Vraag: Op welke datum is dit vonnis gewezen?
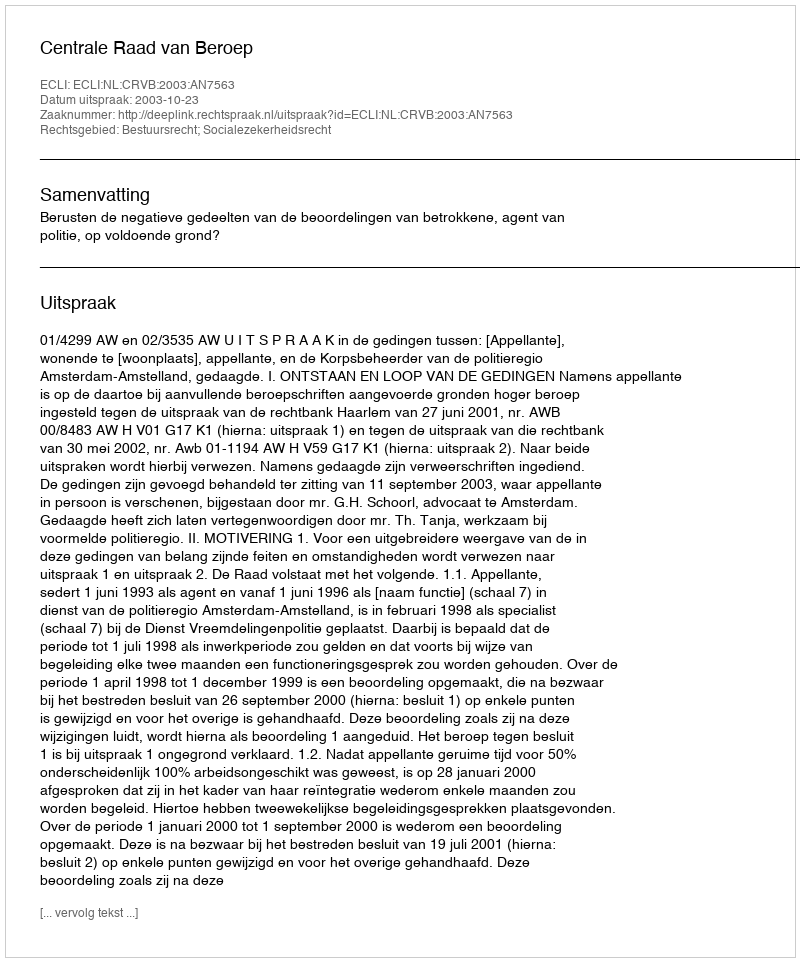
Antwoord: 2003-10-23